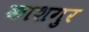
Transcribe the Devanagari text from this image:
काशगुर